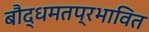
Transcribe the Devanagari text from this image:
बौद्धमतप्रभावित